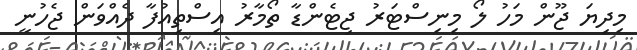
މިދިޔަ ޖޫން މަހު ލޯ މިނިސްޓަރު ޖިޓެންޑާ ތޯމާރު އިސްތިއުފާ ދެއްވަން ޖެހުނީ